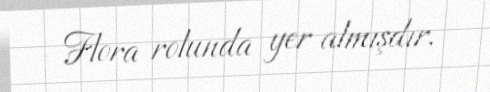
Flora rolunda yer almışdır.